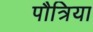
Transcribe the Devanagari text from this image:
पौत्रिया